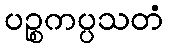
ပဉ္စကပ္ပသတံ